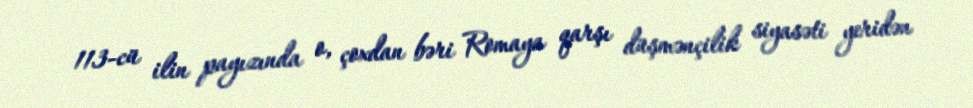
113-cü ilin payızında o, çoxdan bəri Romaya qarşı düşmənçilik siyasəti yeridən